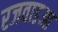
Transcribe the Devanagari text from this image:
रजवाडआ